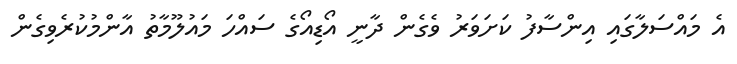
އެ މައްސަލާގައި އިންސާފު ކަށަވަރު ވެގެން ދާނީ އޯޑިއޯގެ ސައްހަ މައުލޫމާތު އާންމުކުރެވިގެން